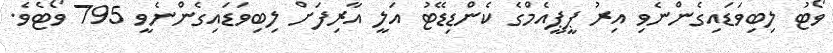
ވޯޓު ލިބިވަޑައިގެންނެވި އިރު ޕީޕީއެމްގެ ކެންޑިޑޭޓު އަލީ އާރިފަށް ލިބިވަޑައިގެންނެވީ 795 ވޯޓެވެ.